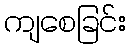
ကျစေခြင်း